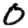
Digit: 0